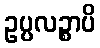
ဥပ္ပလဉ္စာပိ